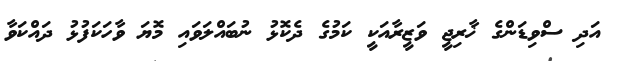
އަދި ސްވިޑަންގެ ޚާރިޖީ ވަޒީރާއަކީ ކަމުގެ ދެކޮޅު ނުބައްލަވައި މޮޔަ ވާހަކަފުޅު ދައްކަވާ